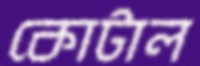
কোটাল